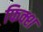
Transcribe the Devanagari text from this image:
फिक्श